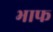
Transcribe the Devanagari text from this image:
भाफ